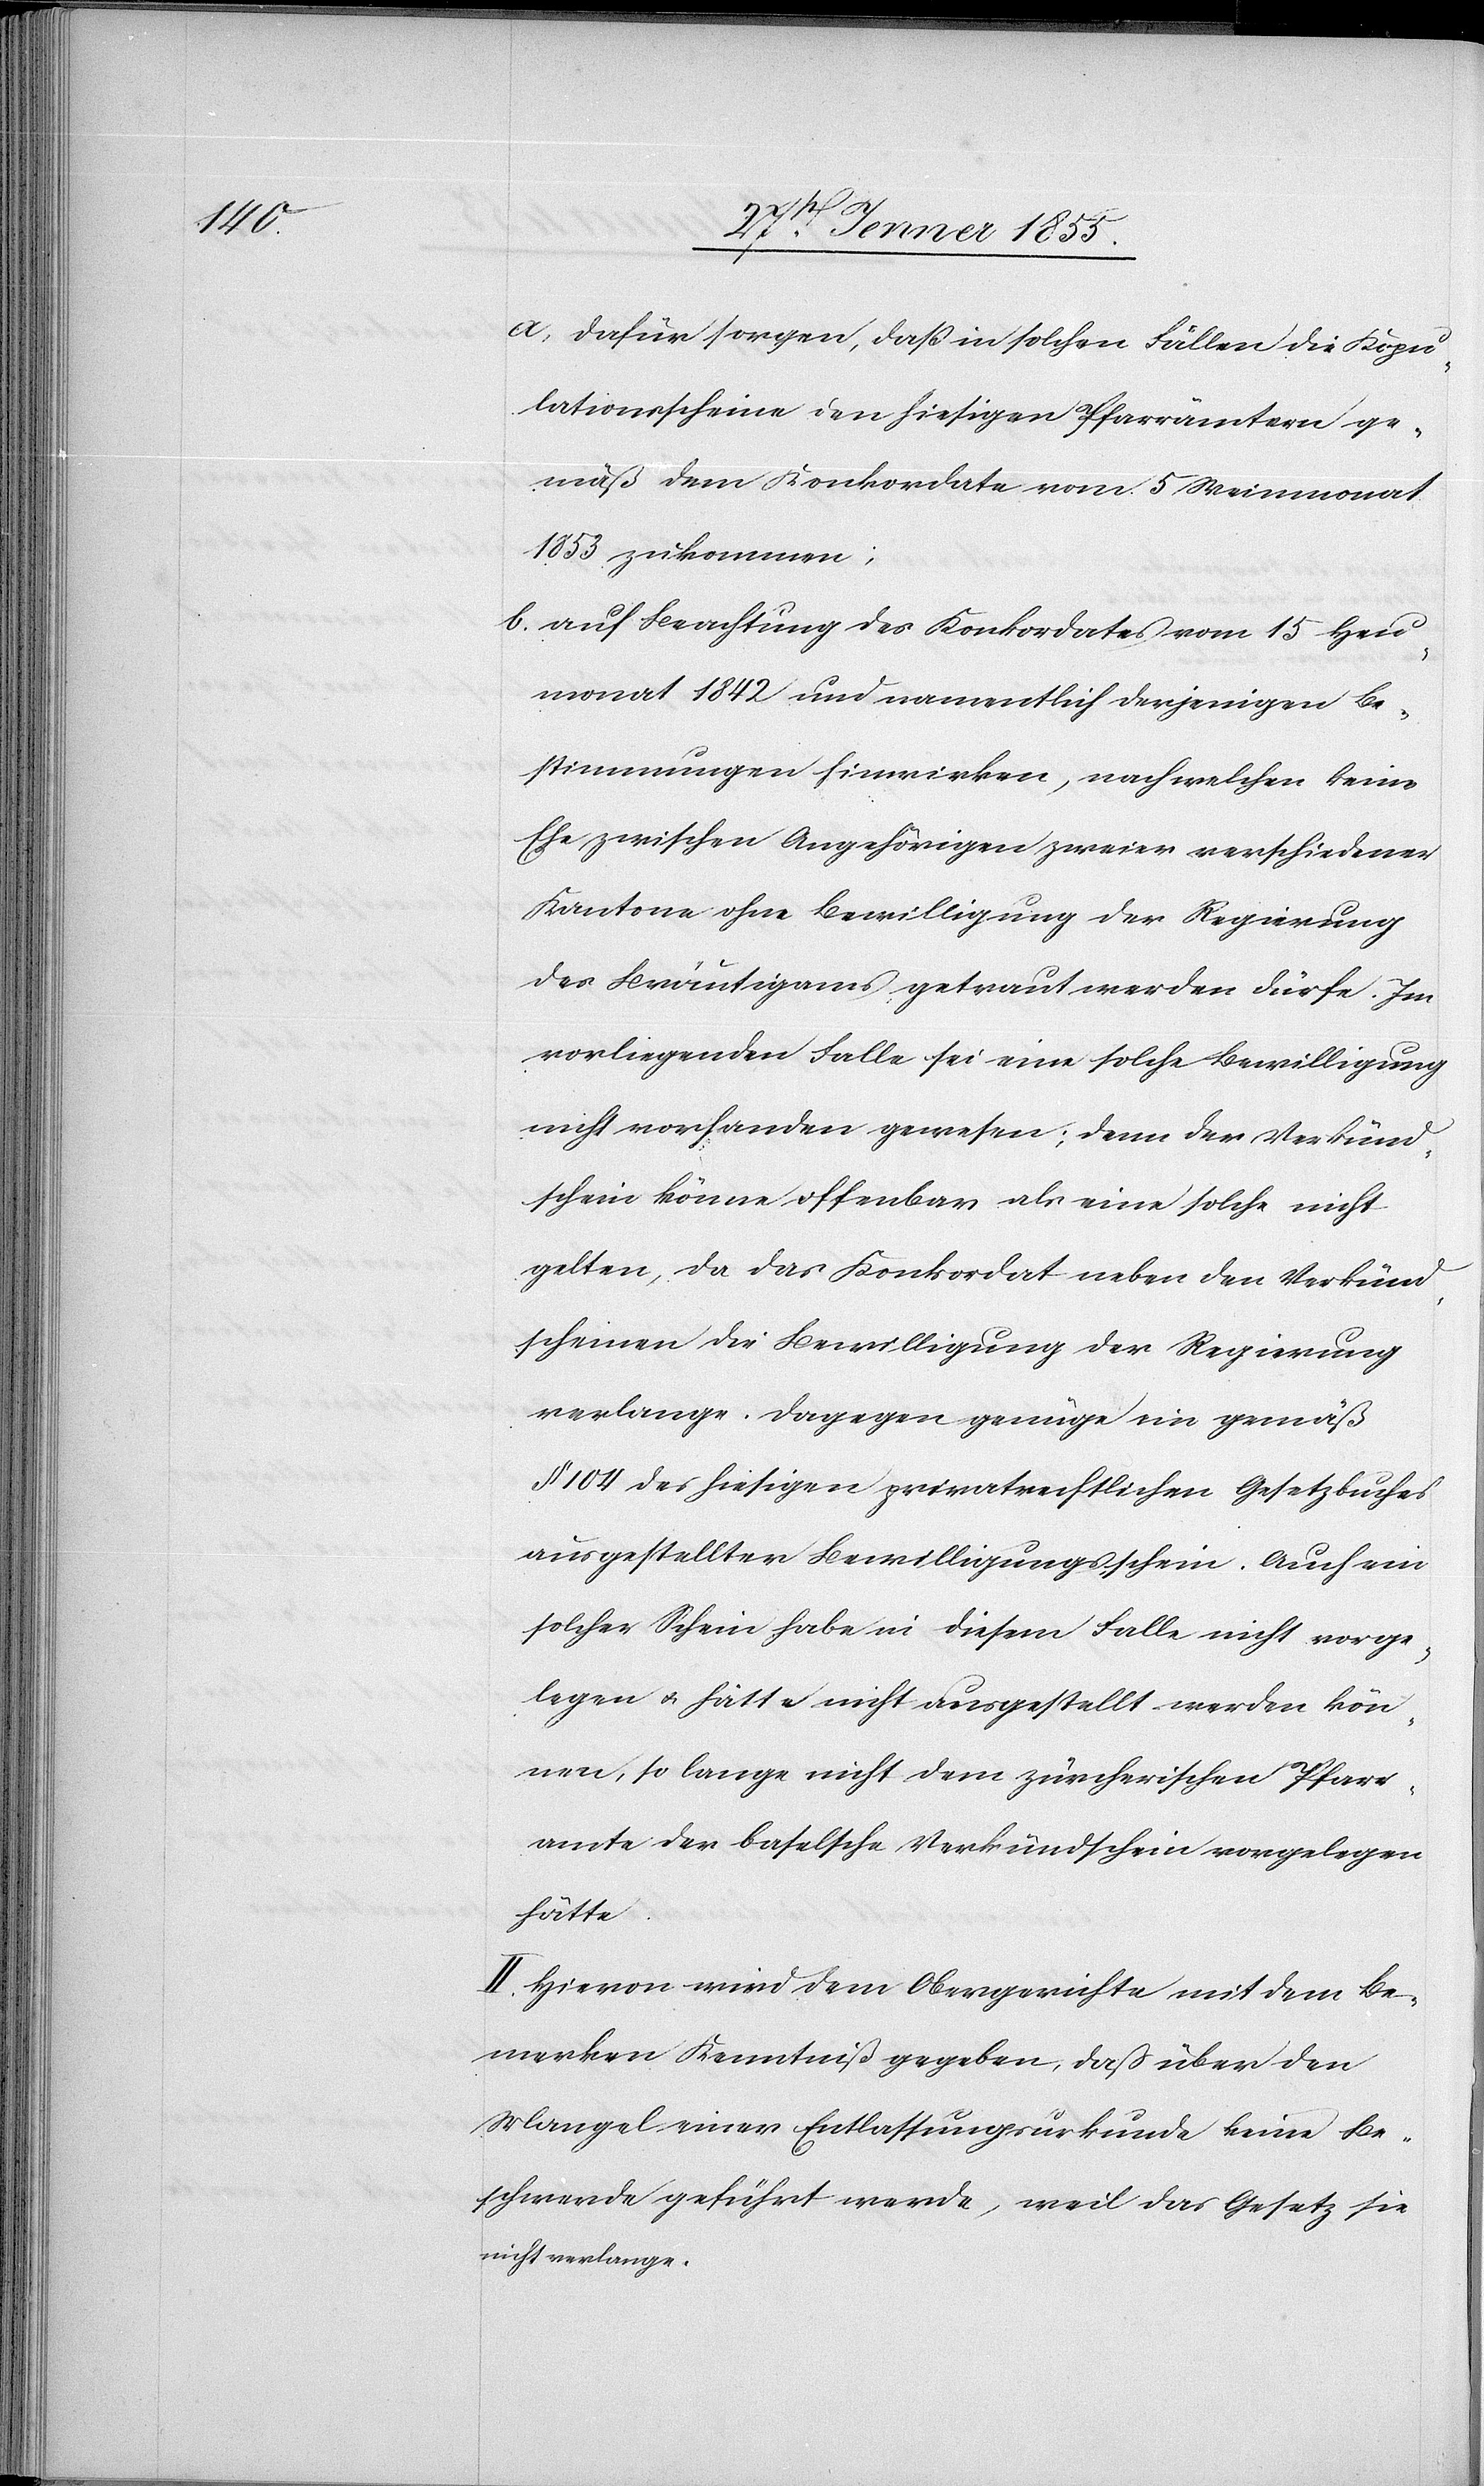
dafür sorgen, daß in solchen Fällen die Kopu¬
lationsscheine den hiesigen Pfarrämtern ge¬
mäß dem Konkordate vom 5 Weinmonat
1853 zukommen;
auf Beachtung des Konkordates vom 15 Heu¬
monat 1842 und namentlich derjenigen Be¬
stimmungen hinwirken, nach welchen keine
Ehe zwischen Angehörigen zweier verschiedener
Kantone ohne Bewilligung der Regierung
des Bräutigams getraut werden dürfe. Im
vorliegenden Falle sei eine solche Bewilligung
nicht vorhanden gewesen; denn der Verkünd¬
schein könne offenbar als eine solche nicht
gelten, da das Konkordat neben den Verkünd¬
scheinen die Bewilligung der Regierung
verlange. Dagegen genüge ein gemäß
§ 104 des hiesigen privatrechtlichen Gesetzbuches
ausgestellter Bewilligungsschein. Auch ein
solcher Schein habe in diesem Falle nicht vorge¬
legen & hätte nicht ausgestellt werden kön¬
nen, so lange nicht dem zürcherischen Pfarr¬
amte der baselsche Verkündschein vorgelegen
hätte.
II. Hievon wird dem Obergerichte mit dem Be¬
merken Kenntniß gegeben, daß über den
Mangel einer Entlassungsurkunde keine Be¬
schwerde geführt werde, weil das Gesetz sie
nicht verlange.